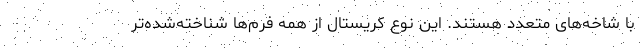
با شاخه‌های متعدد هستند. این نوع کریستال از همه فرم‌ها شناخته‌شده‌تر